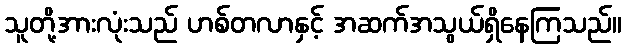
သူတို့အားလုံးသည် ဟစ်တလာနှင့် အဆက်အသွယ်ရှိနေကြသည်။